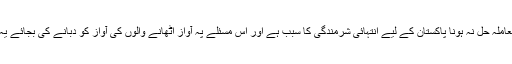
جبری گمشدگان کا معاملہ حل نہ ہونا پاکستان کے لیے انتہائی شرمندگی کا سبب ہے اور اس مسئلے پہ آواز اٹھانے والوں کی آواز کو دبانے کی بجائے یہ مسئلہ حل کیا جائے۔